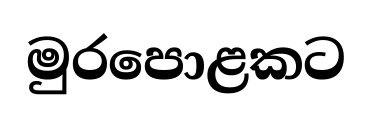
මුරපොළකට